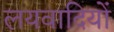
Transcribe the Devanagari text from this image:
लयवादियों